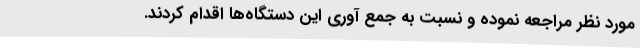
مورد نظر مراجعه نموده و نسبت به جمع آوری این دستگاه‌ها اقدام کردند.